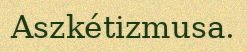
Aszkétizmusa.